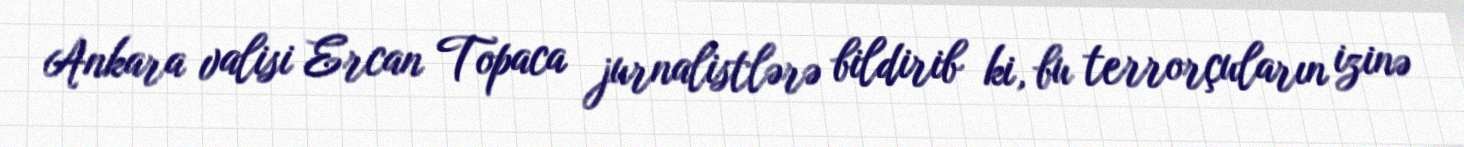
Ankara valisi Ercan Topaca jurnalistlərə bildirib ki, bu terrorçuların izinə